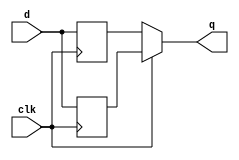
module top_module (
    input clk,
    input d,
    output q
);
reg q_reg_up;
reg q_reg_down;


always @(negedge clk)begin
    q_reg_down <= d;
end

always @(posedge clk) begin
    q_reg_up <= d;
end


assign q = clk ? q_reg_up : q_reg_down;
endmodule